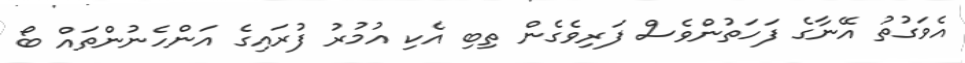
އެވަގުތު އޭނާގެ ފަހަތުންވެސް ފަރިވެގެން ތިބި އެކި އުމުރު ފުރައިގެ އަންހެނުންތައް ބޯ